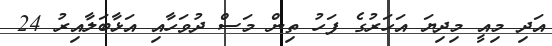
އަދި މިއީ މިދިޔަ އަހަރުގެ ފަހު ތިން މަސް ދުވަހާއި އަޅާބަލާއިރު 24